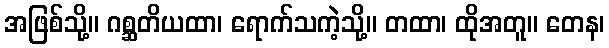
အဖြစ်သို့။ ဂစ္ဆတိယထာ၊ ရောက်သကဲ့သို့။ တထာ၊ ထိုအတူ။ တေန၊